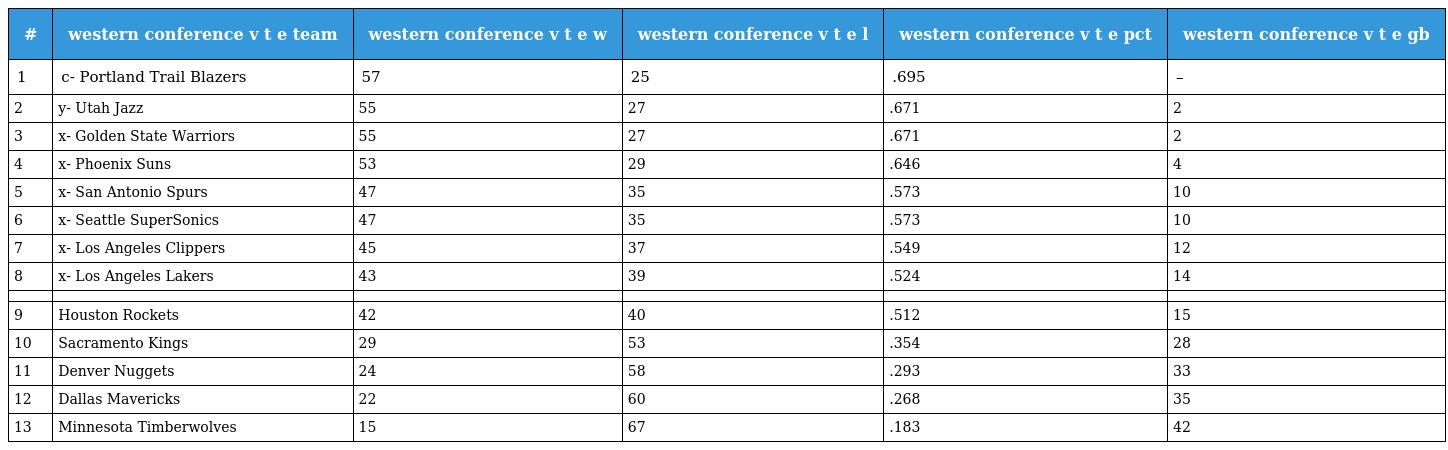
| # | western conference v t e team | western conference v t e w | western conference v t e l | western conference v t e pct | western conference v t e gb |
 | --- | --- | --- | --- | --- | --- |
 | 1 | c- Portland Trail Blazers | 57 | 25 | .695 | – |
 | 2 | y- Utah Jazz | 55 | 27 | .671 | 2 |
 | 3 | x- Golden State Warriors | 55 | 27 | .671 | 2 |
 | 4 | x- Phoenix Suns | 53 | 29 | .646 | 4 |
 | 5 | x- San Antonio Spurs | 47 | 35 | .573 | 10 |
 | 6 | x- Seattle SuperSonics | 47 | 35 | .573 | 10 |
 | 7 | x- Los Angeles Clippers | 45 | 37 | .549 | 12 |
 | 8 | x- Los Angeles Lakers | 43 | 39 | .524 | 14 |
 |  |  |  |  |  |  |
 | 9 | Houston Rockets | 42 | 40 | .512 | 15 |
 | 10 | Sacramento Kings | 29 | 53 | .354 | 28 |
 | 11 | Denver Nuggets | 24 | 58 | .293 | 33 |
 | 12 | Dallas Mavericks | 22 | 60 | .268 | 35 |
 | 13 | Minnesota Timberwolves | 15 | 67 | .183 | 42 |